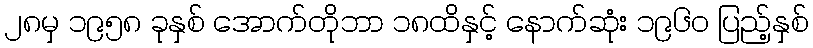
၂၈မှ ၁၉၅၈ ခုနှစ် အောက်တိုဘာ ၁၈ထိနှင့် နောက်ဆုံး ၁၉၆၀ ပြည့်နှစ်